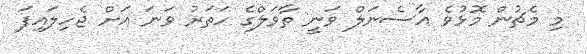
މި މެޗުން މޮޅުވެ އާސެނަލް ވަނީ ތާވަލްގެ ހަތަރު ވަނަ އަށް ޖެހިލައިފަ